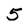
Character: 5